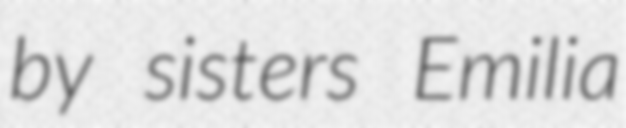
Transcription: by sisters Emilia